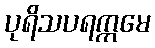
ပုရိသပရက္ကမေ